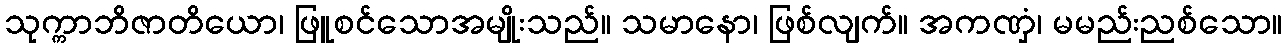
သုက္ကာဘိဇာတိယော၊ ဖြူစင်သောအမျိုးသည်။ သမာနော၊ ဖြစ်လျက်။ အကဏှံ၊ မမည်းညစ်သော။